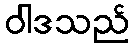
ဝါဒသည်